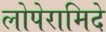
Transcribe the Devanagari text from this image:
लोपेरामिदे